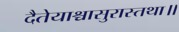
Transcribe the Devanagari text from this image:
दैतेयाश्चासुरास्तथा॥